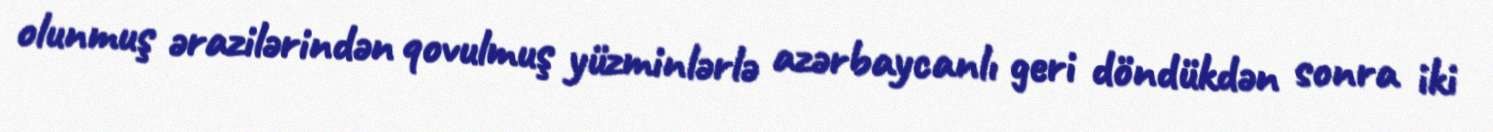
olunmuş ərazilərindən qovulmuş yüzminlərlə azərbaycanlı geri döndükdən sonra iki